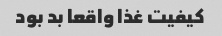
کیفیت غذا واقعا بد بود